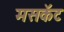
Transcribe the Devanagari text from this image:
मसकॅट